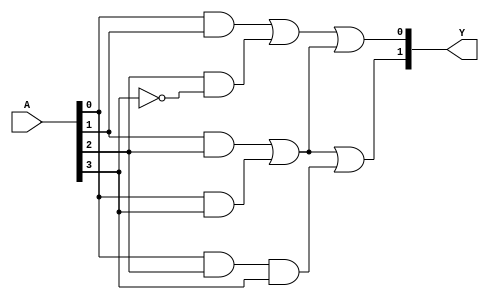
module jewel_pal (
    input wire [N-1:0] A,    // N inputs (A[0], A[1], ..., A[N-1])
    output wire [M-1:0] Y    // M outputs (Y[0], Y[1], ..., Y[M-1])
);
    parameter N = 4;         // Number of inputs
    parameter M = 2;         // Number of outputs
    parameter AND_WIDTH = 3; // Number of AND gates

    // Internal wires for the AND gate outputs
    wire [AND_WIDTH-1:0] and_out;

    // Programmable AND gates
    // You can set the connections by adjusting the conditions in the always block
    assign and_out[0] = (A[0] & A[1]) | (A[2] & ~A[3]); // Example AND gate configuration
    assign and_out[1] = (A[1] & A[2]) | (A[0] & A[3]); // Example AND gate configuration
    assign and_out[2] = (A[0] & A[2]) & A[3];          // Example AND gate configuration

    // Fixed OR gates
    assign Y[0] = and_out[0] | and_out[1]; // First OR gate combining outputs of AND gates
    assign Y[1] = and_out[1] | and_out[2]; // Second OR gate combining outputs of AND gates

endmodule